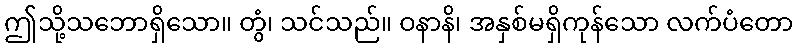
ဤသို့သဘောရှိသော။ တွံ၊ သင်သည်။ ဝနာနိ၊ အနှစ်မရှိကုန်သော လက်ပံတော